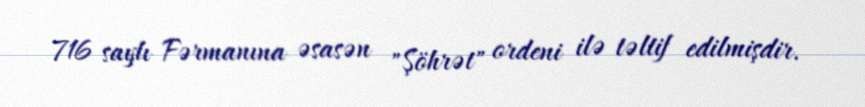
716 saylı Fərmanına əsasən "Şöhrət" ordeni ilə təltif edilmişdir.